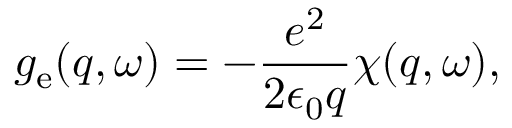
g _ { \mathrm { e } } ( q , \omega ) = - \frac { e ^ { 2 } } { 2 \epsilon _ { 0 } q } \chi ( q , \omega ) ,